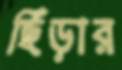
ছিঁড়ার